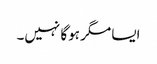
ایسا مگر ہوگا نہیں۔